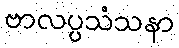
ဗာလပ္ပသံသနာ